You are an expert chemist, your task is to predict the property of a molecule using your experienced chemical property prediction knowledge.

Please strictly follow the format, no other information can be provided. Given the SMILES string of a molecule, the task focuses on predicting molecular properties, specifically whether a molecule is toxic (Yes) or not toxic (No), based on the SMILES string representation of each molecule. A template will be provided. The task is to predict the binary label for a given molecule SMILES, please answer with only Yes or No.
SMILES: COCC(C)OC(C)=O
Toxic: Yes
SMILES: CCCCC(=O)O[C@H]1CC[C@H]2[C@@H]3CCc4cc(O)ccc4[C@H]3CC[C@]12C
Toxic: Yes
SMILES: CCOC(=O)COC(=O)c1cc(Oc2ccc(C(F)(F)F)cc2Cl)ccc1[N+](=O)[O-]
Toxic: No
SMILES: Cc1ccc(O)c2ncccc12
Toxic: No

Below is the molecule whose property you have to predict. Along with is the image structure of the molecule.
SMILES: c1ccoc1
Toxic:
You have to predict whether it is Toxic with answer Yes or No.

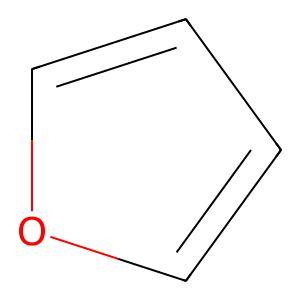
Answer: No